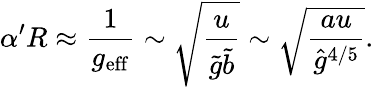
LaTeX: \alpha^{\prime}R\approx\frac{1}{g_{\mathrm{eff}}}\sim\sqrt{\frac{u}{\tilde{g}\tilde{b}}}\sim\sqrt{\frac{au}{{\hat{g}}^{4/5}}}.